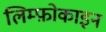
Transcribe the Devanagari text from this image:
लिम्फ़ोकाइन